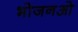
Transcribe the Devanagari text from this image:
भोजनओ